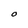
Character: O